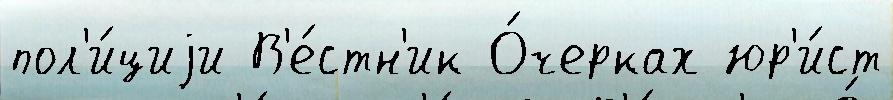
пол'и́циjи В'е́стн'ик О́черках юр'и́ст